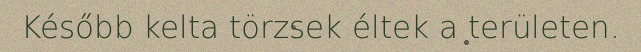
Később kelta törzsek éltek a területen.